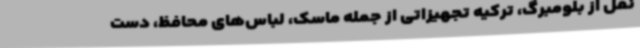
نقل از بلومبرگ، ترکیه تجهیزاتی از جمله ماسک‌، لباس‌های محافظ، دست